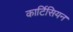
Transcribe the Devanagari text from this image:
कार्टिसियन